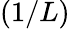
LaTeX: (1/L)